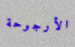
الأرجوحة